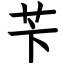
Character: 苄